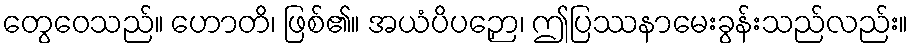
တွေဝေသည်။ ဟောတိ၊ ဖြစ်၏။ အယံပိပဉှော၊ ဤပြဿနာမေးခွန်းသည်လည်း။